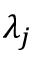
\lambda _ { j }